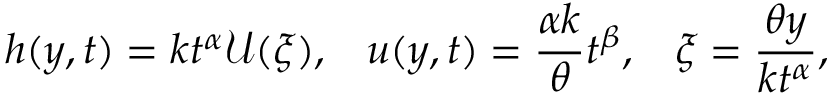
h ( y , t ) = k t ^ { \alpha } \mathcal { U } ( \xi ) , \; \; \; u ( y , t ) = \frac { \alpha k } { \theta } t ^ { \beta } , \; \; \; \xi = \frac { \theta y } { k t ^ { \alpha } } ,